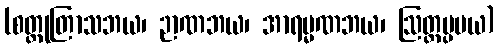
(စတ္တုတြာသဘယ၊ ဉာဏဘယ၊ အာရမ္မဏဘယ၊ ဩတ္တပ္ပပယ)